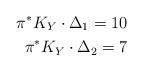
LaTeX: \begin{align*}\pi^{\ast}K_Y\cdot \Delta_1=10\\\pi^{\ast}K_Y\cdot \Delta_2 =7\end{align*}